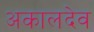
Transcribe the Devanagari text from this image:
अकालदेव